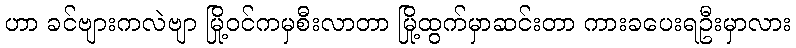
ဟာ ခင်ဗျားကလဲဗျာ မြို့ဝင်ကမှစီးလာတာ မြို့ထွက်မှာဆင်းတာ ကားခပေးရဦးမှာလား